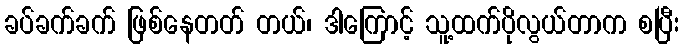
ခပ်ခက်ခက် ဖြစ်နေတတ် တယ်၊ ဒါကြောင့် သူ့ထက်ပိုလွယ်တာက စပြီး